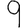
Digit: 9